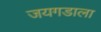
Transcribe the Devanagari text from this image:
जयगडाला